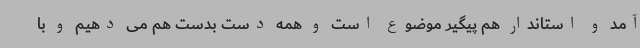
آمد و استاندار هم پیگیر موضوع است و همه دست بدست هم می دهیم و با